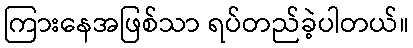
ကြားနေအဖြစ်သာ ရပ်တည်ခဲ့ပါတယ်။